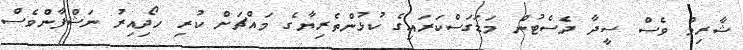
ޝާރިމް ވެސް ސީދާ ދެސެޓުން މަޑަގަސްކަރައިގެ ކުޅުންތެރިޔާގެ މައްޗަށް ކުރި ހޯދިއިރު ނަޝްފާންވެސް